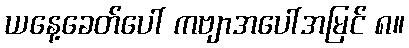
ယနေ့ခေတ်ပေါ် ကဗျာအပေါ်အမြင် ၈။